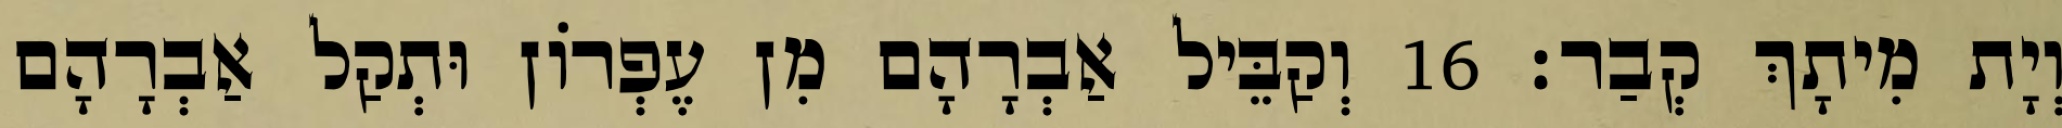
וְיָת מִיתָךְ קְבַר׃ 16 וְקַבֵּיל אַבְרָהָם מִן עֶפְרוֹן וּתְקַל אַבְרָהָם